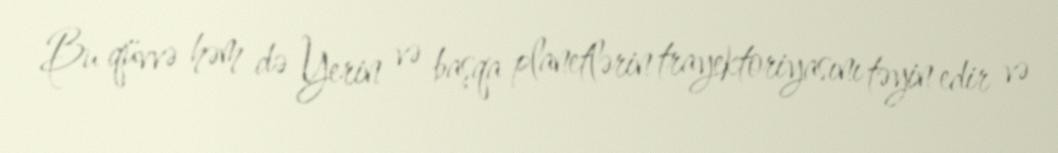
Bu qüvvə həm də Yerin və başqa planetlərin trayektoriyasını təyin edir və